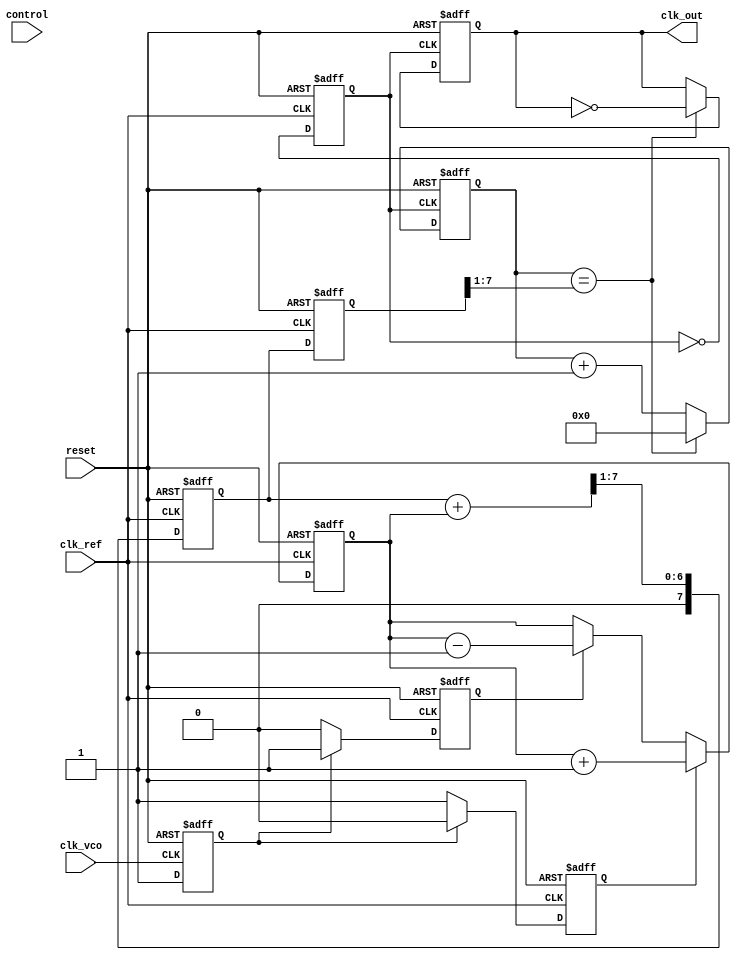
module ADPLL (
    input wire clk_ref,           // Reference clock
    input wire clk_vco,           // VCO output clock
    input wire reset,             // Reset signal
    input wire [7:0] control,     // Digital control interface
    output wire clk_out           // Output clock
);

// Phase Frequency Detector (PFD)
reg pfd_up, pfd_down;
reg clk_ref_d, clk_vco_d;

always @(posedge clk_ref or posedge reset) begin
    if (reset) begin
        pfd_up <= 0;
        pfd_down <= 0;
        clk_ref_d <= 0;
    end else begin
        clk_ref_d <= 1; // Sample the reference clock
        if (!clk_vco_d) begin
            pfd_up <= 1;   // VCO is lagging
            pfd_down <= 0;
        end else begin
            pfd_up <= 0;
            pfd_down <= 1; // VCO is leading
        end
    end
end

always @(posedge clk_vco or posedge reset) begin
    if (reset) begin
        clk_vco_d <= 0;
    end else begin
        clk_vco_d <= 1; // Sample the VCO clock
    end
end

// Charge Pump (CP)
reg [7:0] cp_output;

always @(posedge clk_ref or posedge reset) begin
    if (reset) begin
        cp_output <= 0;
    end else begin
        if (pfd_up) begin
            cp_output <= cp_output + 1; // Increase charge
        end else if (pfd_down) begin
            cp_output <= cp_output - 1; // Decrease charge
        end
    end
end

// Loop Filter (Simple Low-Pass Filter)
reg [7:0] loop_filter_output;

always @(posedge clk_ref or posedge reset) begin
    if (reset) begin
        loop_filter_output <= 0;
    end else begin
        loop_filter_output <= (loop_filter_output + cp_output) >> 1; // Simple averaging filter
    end
end

// Voltage-Controlled Oscillator (VCO)
reg [7:0] vco_frequency;
reg clk_vco_out;

always @(posedge clk_ref or posedge reset) begin
    if (reset) begin
        vco_frequency <= 0;
        clk_vco_out <= 0;
    end else begin
        vco_frequency <= loop_filter_output; // Control frequency based on loop filter output
        clk_vco_out <= ~clk_vco_out; // Toggle output clock for simplicity
    end
end

// Frequency Divider (Simple Divider)
reg [3:0] divider_count;
reg clk_div_out;

always @(posedge clk_vco_out or posedge reset) begin
    if (reset) begin
        divider_count <= 0;
        clk_div_out <= 0;
    end else begin
        if (divider_count == (vco_frequency >> 1)) begin
            clk_div_out <= ~clk_div_out; // Toggle output clock
            divider_count <= 0;
        end else begin
            divider_count <= divider_count + 1;
        end
    end
end

// Output Clock
assign clk_out = clk_div_out;

endmodule